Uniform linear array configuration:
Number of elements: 64
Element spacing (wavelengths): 0.75
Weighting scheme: blackman
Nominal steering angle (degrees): -15
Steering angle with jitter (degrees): -16.124
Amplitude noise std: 0.05
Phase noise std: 0.05

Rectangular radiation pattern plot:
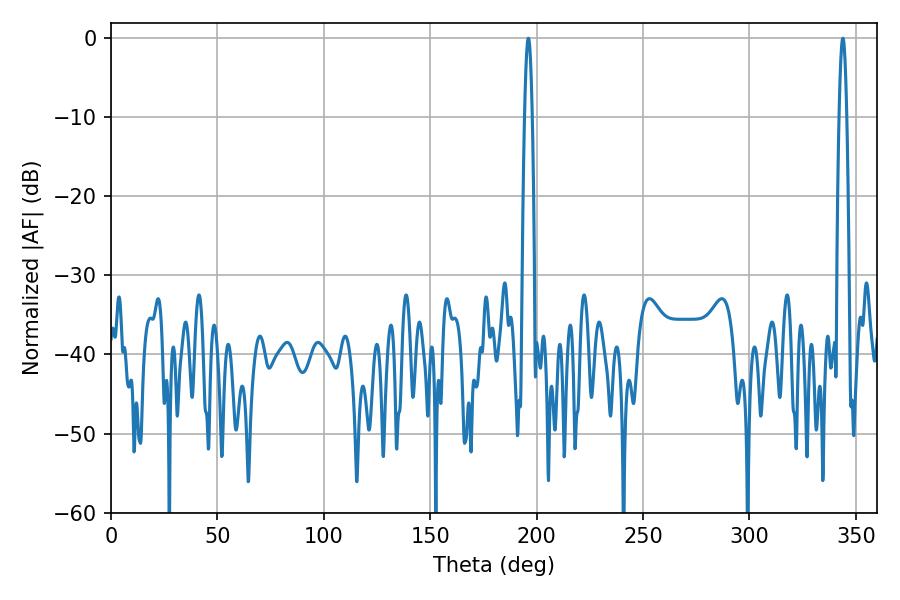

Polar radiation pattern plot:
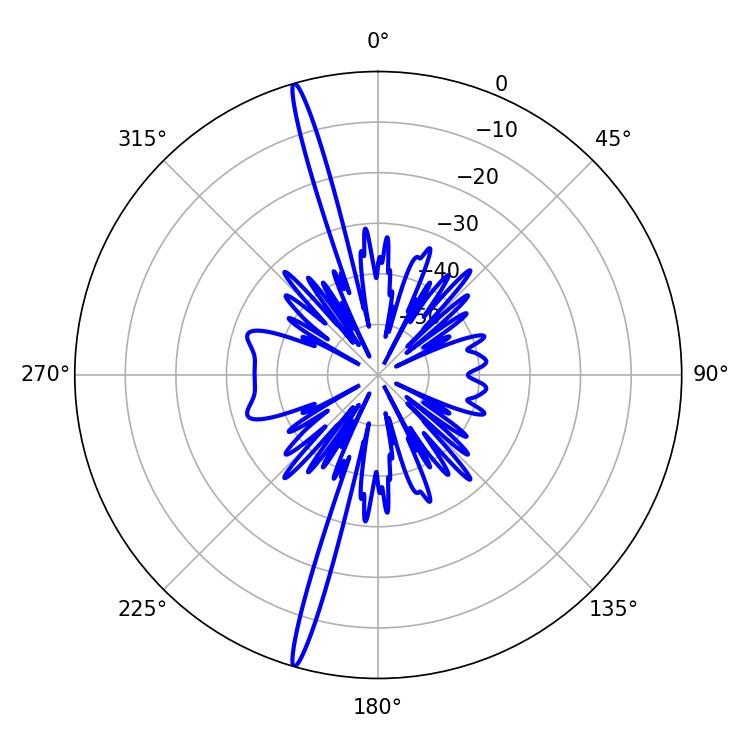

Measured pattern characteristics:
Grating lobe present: TRUE
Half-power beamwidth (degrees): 1.98
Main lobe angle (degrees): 196.02